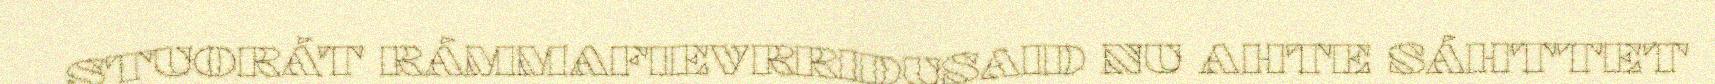
STUORÁT RÁMMAFIEVRRIDUSAID NU AHTE SÁHTTET